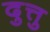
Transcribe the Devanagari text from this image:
दुत्तु